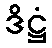
ဒိဋ္ဌံ